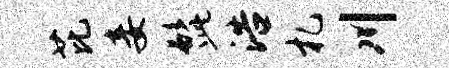
芘妾髭浩札川